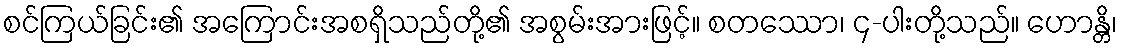
စင်ကြယ်ခြင်း၏ အကြောင်းအစရှိသည်တို့၏ အစွမ်းအားဖြင့်။ စတဿော၊ ၄-ပါးတို့သည်။ ဟောန္တိ၊